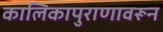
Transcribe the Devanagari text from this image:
कालिकापुराणावरून